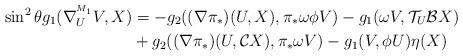
LaTeX: \begin{align*}\sin ^{2}\theta g_{1}(\nabla^{^{M_1}}_{U}V,X)&=-g_{2}((\nabla \pi_*)(U,X),\pi_*\omega\phi V)-g_{1}(\omega V,\mathcal{T}_{U}\mathcal{B}X)\\&+g_{2}((\nabla \pi_*)(U,\mathcal{C}X),\pi_*\omega V)-g_{1}(V,\phi U)\eta (X)\end{align*}